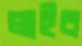
লাইব